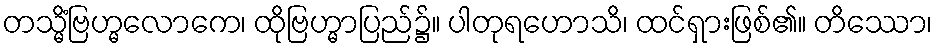
တသ္မိံဗြဟ္မလောကေ၊ ထိုဗြဟ္မာပြည်၌။ ပါတုရဟောသိ၊ ထင်ရှားဖြစ်၏။ တိဿော၊